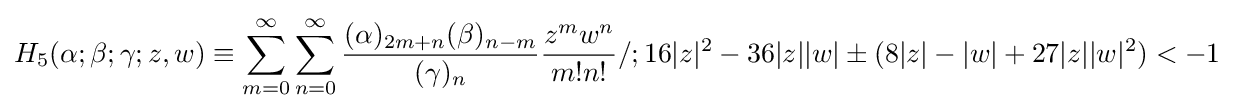
H_{5}(\alpha ;\beta ;\gamma ;z,w)\equiv \sum _{m=0}^{\infty }\sum _{n=0}^{\infty }{\frac {(\alpha )_{2m+n}(\beta )_{n-m}}{(\gamma )_{n}}}{\frac {z^{m}w^{n}}{m!n!}}/;16|z|^{2}-36|z||w|\pm (8|z|-|w|+27|z||w|^{2})<-1